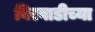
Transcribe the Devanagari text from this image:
बिरवाडीच्या